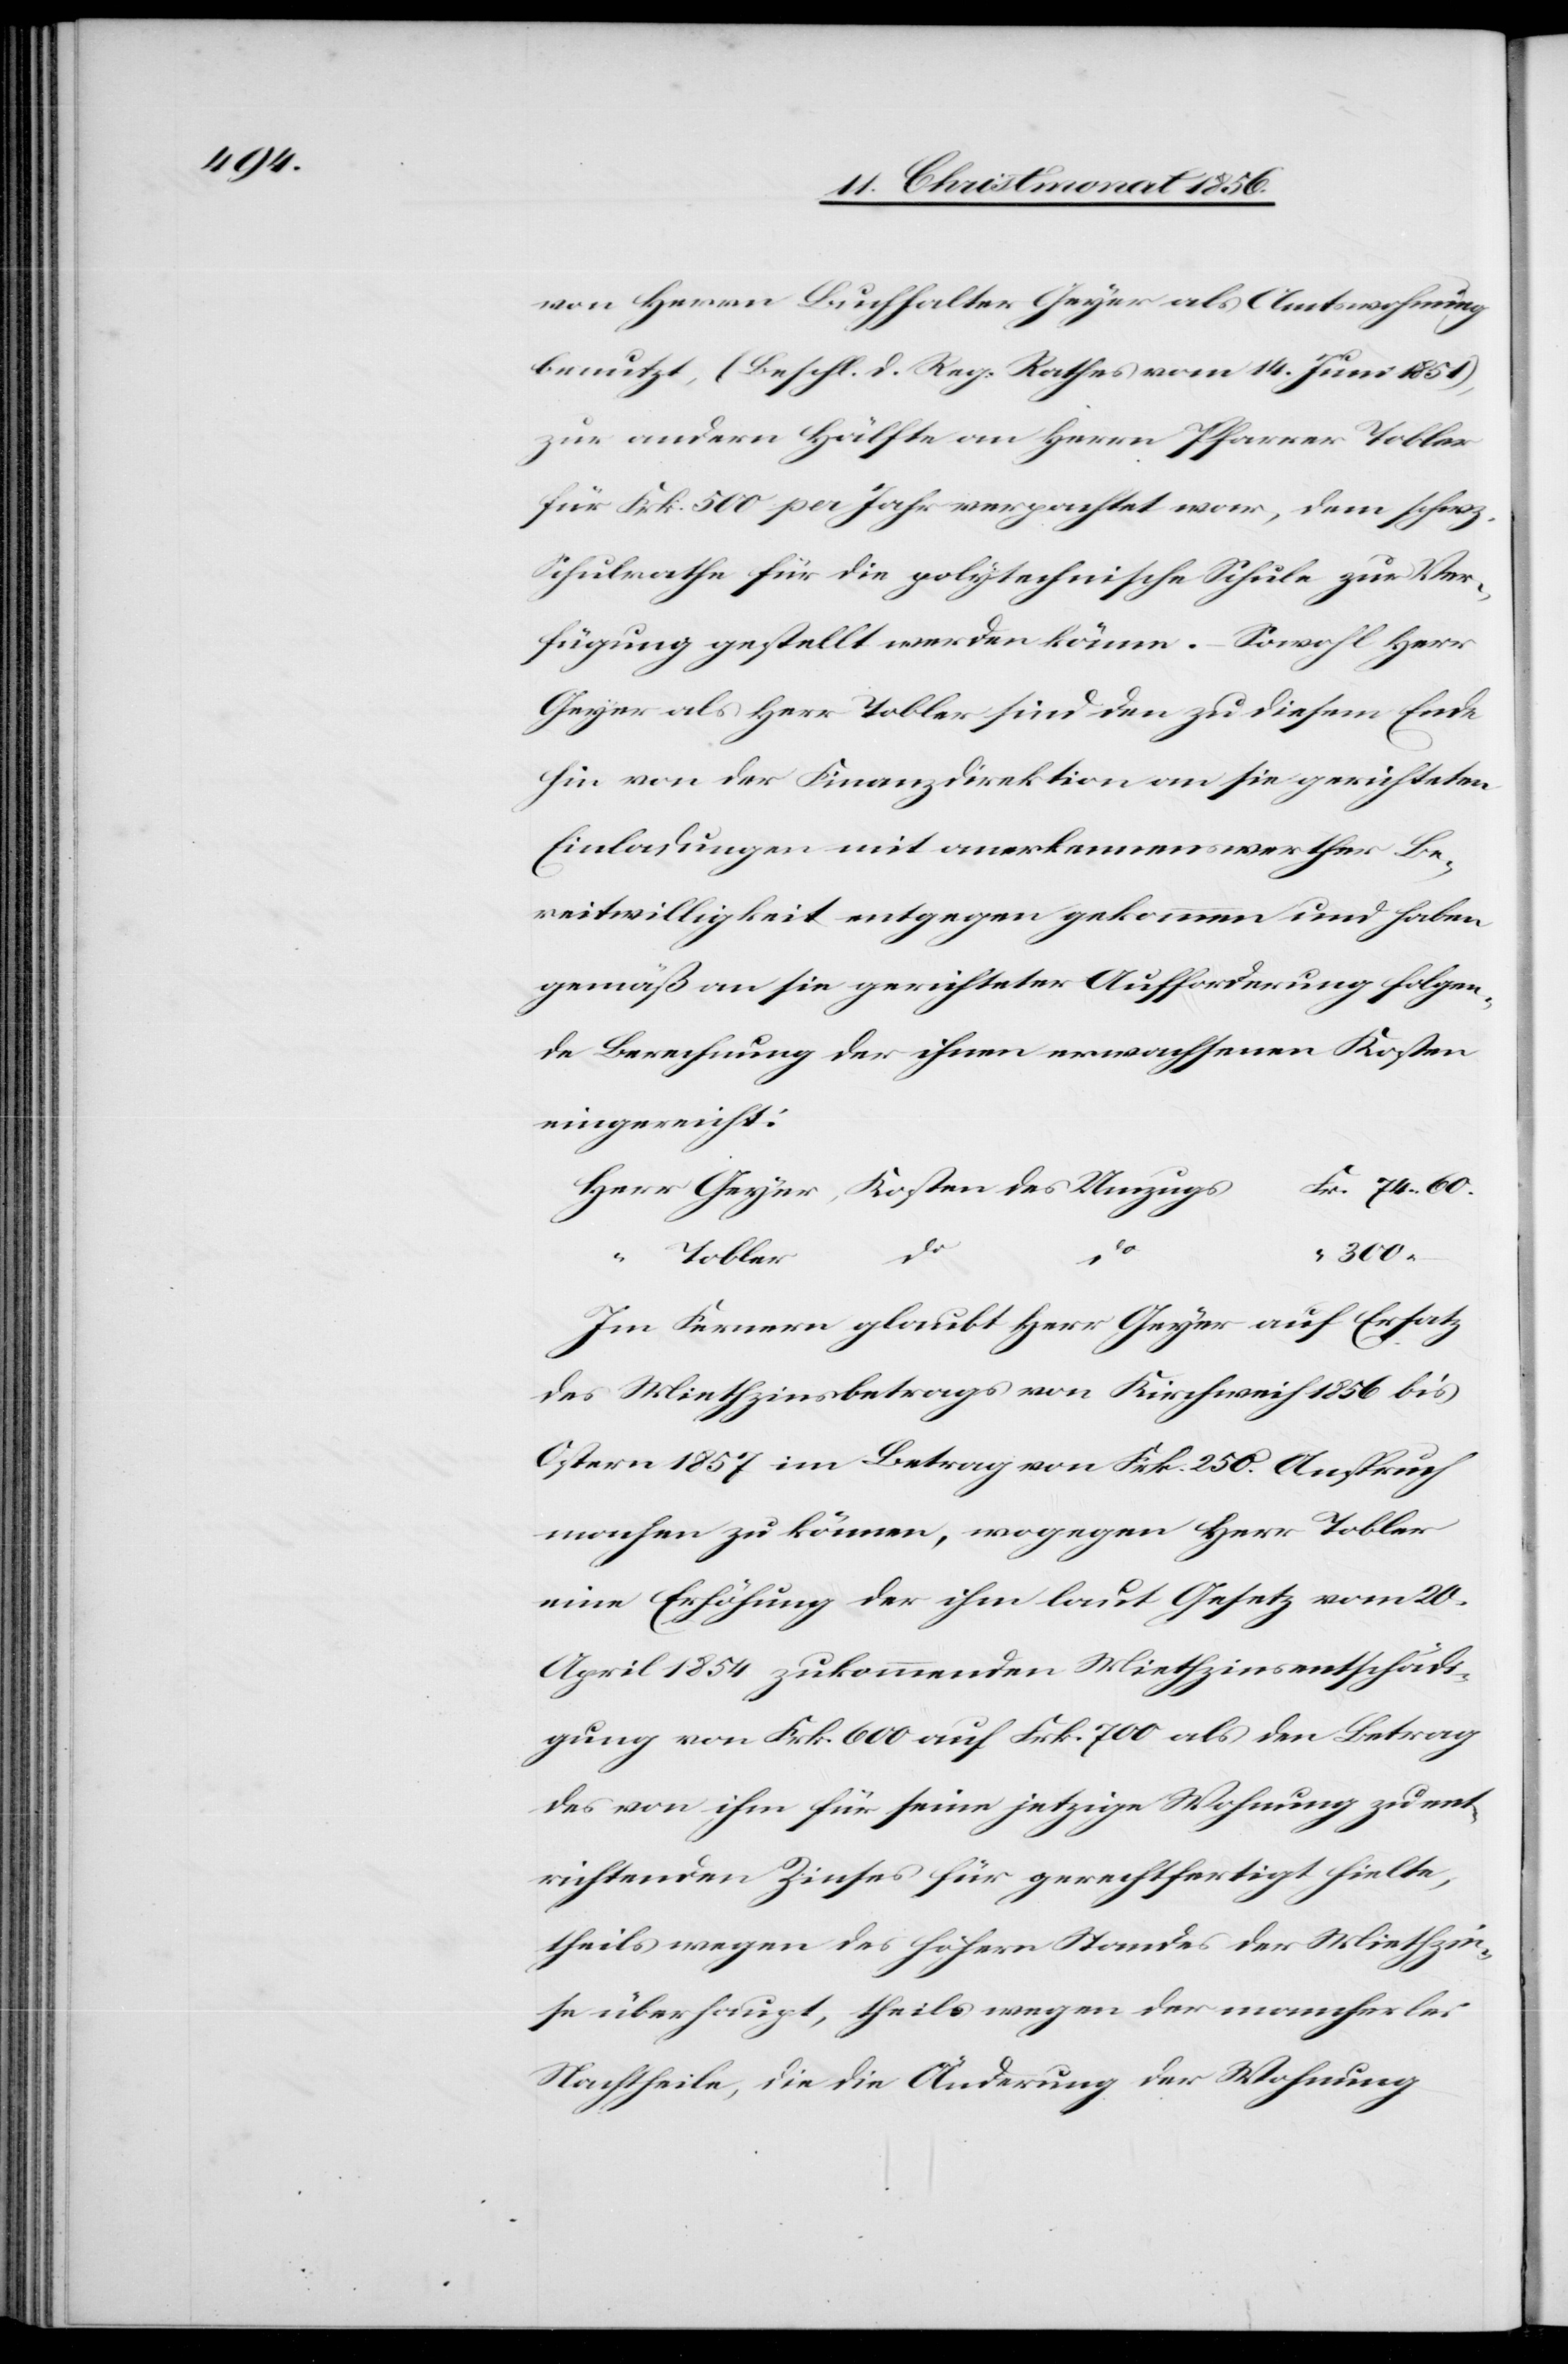
von Herrn Buchhalter Geyer [sic!] als Amtswohnung
benutzt, (Beschl. d. Reg. Rathes vom 14. Juni 1851),
zur andern Hälfte an Herrn Pfarrer Tobler
für Frk. 500 per Jahr verpachtet war, dem schwz.
Schulrathe für die polytechnische Schule zur Ver¬
fügung gestellt werden könne. – Sowohl Herr
Geyer als Herr Tobler sind den zu diesem Ende
hin von der Finanzdirektion an sie gerichteten
Einladungen mit anerkennenswerther Be¬
reitwilligkeit entgegen gekommen und haben
gemäß an sie gerichteter Aufforderung folgen¬
de Berechnung der ihnen erwachsenen Kosten
eingereicht:
r. 74. 60
Herr Geyer, Kosten des Umzugs	F¬
–
Im Fernern glaubt Herr Geyer auf Ersatz
des Miethzinsbetrags von Kirchweih 1856 bis
Ostern 1857 im Betrag von Frk. 250. Anspruch
machen zu können, wogegen Herr Tobler
eine Erhöhung der ihm laut Gesetz vom 20.
April 1854 zukommenden Miethzinsentschädi¬
gung von Frk. 600 auf Frk. 700 als den Betrag
des von ihm für seine jetzige Wohnung zu er¬
richtenden Zinses für gerechtfertigt hielte,
theils wegen des höhern Standes der Miethzin¬
se überhaupt, theils wegen der mancherlei
Nachtheile, die die Änderung der Wohnung